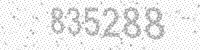
Solution: 835288